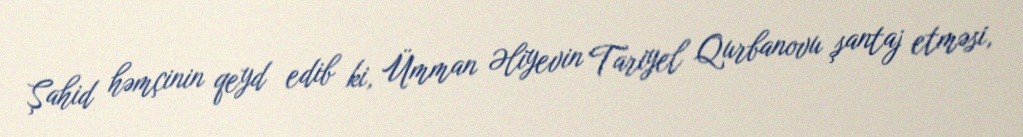
Şahid həmçinin qeyd edib ki, Ümman Əliyevin Tariyel Qurbanovu şantaj etməsi,